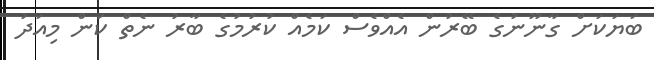
ބަޔަކަށް ގާނޫނުގެ ބޭރުން އެއްވެސް ކަމެއް ކުރުމުގެ ބާރު ނެތް ކަން މިއަދު